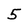
Character: 5